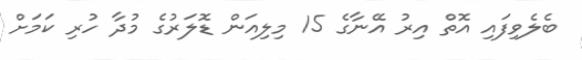
ބެލެވިފައި އޮތް އިރު އޭނާގެ 15 މިލިއަން ޑޮލަރުގެ މުދާ ހުރި ކަމަށް